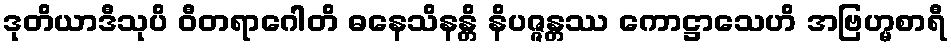
ဒုတိယာဒီသုပိ ဝီတရာဂေါတိ ဓနေသိနန္တိ နိပဇ္ဇန္တဿ ကောဋ္ဌာသေဟိ အဗြဟ္မစာရီ